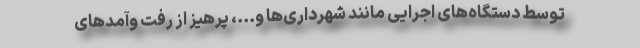
توسط دستگاه‌های اجرایی مانند شهرداری‌ها و...، پرهیز از رفت وآمدهای